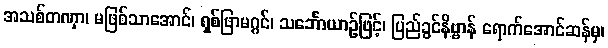
အသစ်တဏှာ၊ မဖြစ်သာအောင်၊ ရှစ်ဖြာမဂ္ဂင်၊ သင်္ဘောယာဉ်ဖြင့်၊ ပြည်ခွင်နိဗ္ဗာန် ရောက်အောင်ဆန်မှ၊